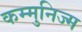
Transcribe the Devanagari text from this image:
कम्मुनिज्म